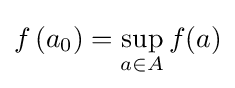
f\left(a_{0}\right)=\sup _{a\in A}f(a)